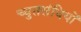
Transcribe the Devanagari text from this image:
च्युतसंधियों